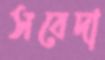
সবেদা